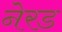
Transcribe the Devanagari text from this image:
नेरड